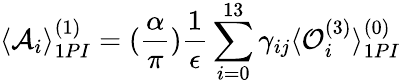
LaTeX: \langle\mathcal A_{i}\rangle_{1PI}^{(1)}=(\frac{\alpha}{\pi})\frac{1}{\epsilon}\sum_{i=0}^{13}\gamma_{ij}\langle\mathcal O_{i}^{(3)}\rangle_{1PI}^{(0)}